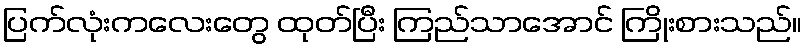
ပြက်လုံးကလေးတွေ ထုတ်ပြီး ကြည်သာအောင် ကြိုးစားသည်။